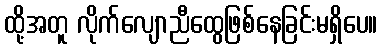
ထို့အတူ လိုက်လျောညီထွေဖြစ်နေခြင်းမရှိပေ။